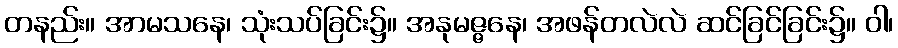
တနည်း။ အာမသနေ၊ သုံးသပ်ခြင်း၌။ အနုမဇ္ဇနေ၊ အဖန်တလဲလဲ ဆင်ခြင်ခြင်း၌။ ဝါ၊